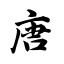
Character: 唐